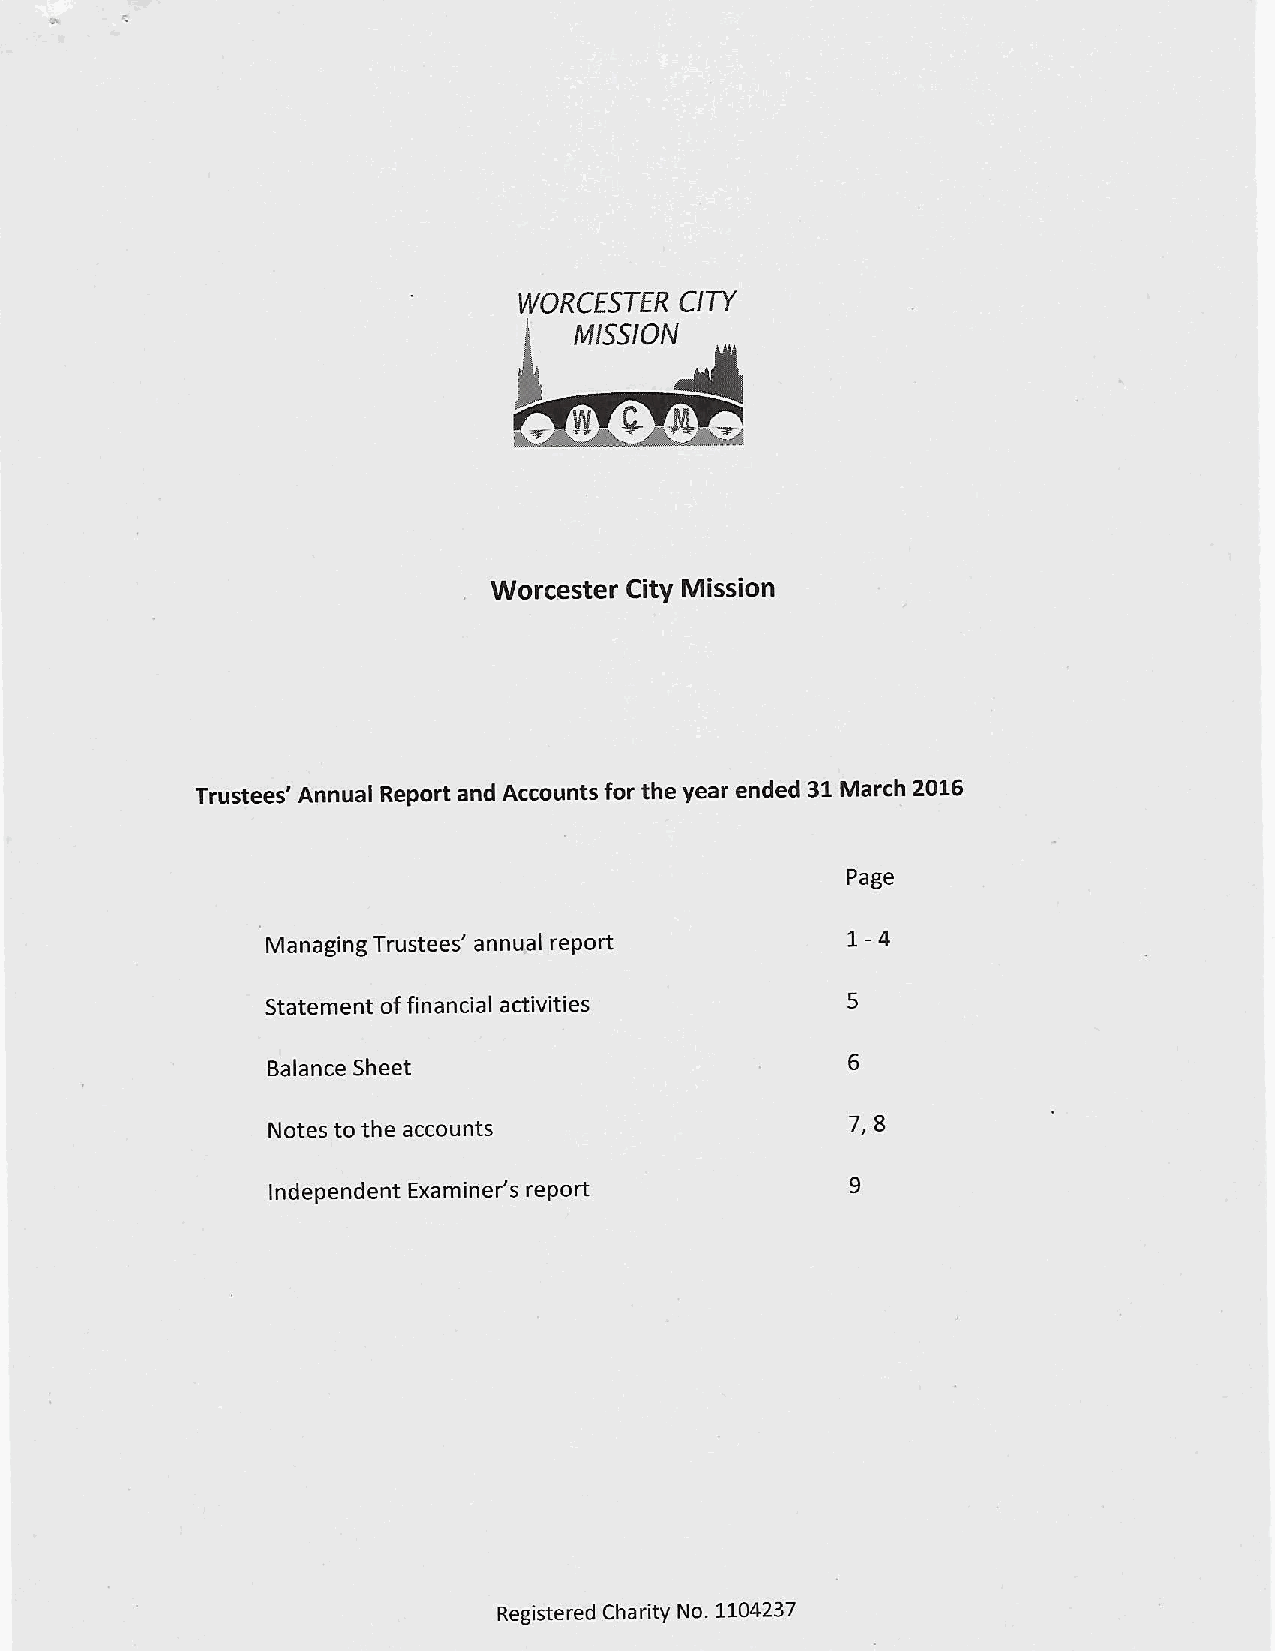
WORCESTER  CITY
 MISSION
 s  4
 5
 Worcester City Mission
 Trustees' Annual Report and Accounts for the year ended 31March 2016
 Page
 1-4
 Managing Trustees' annualreport
 Statement offinancial activities
 Balance Sheet
 Notes to the accounts
 7,8
 Independent Examiner's report
 Registered Charity No. 1104237